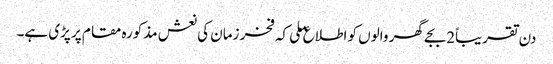
دن تقریباً2بجے گھر والوں کو اطلاع ملی کہ فخر زمان کی نعش مذکورہ مقام پر پڑی ہے۔